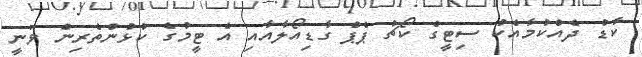
ކާޑު ދެއްކުމާއެކު ސިޓީގެ ކޯޗު ޕެޕް ގާޑިއޯލާއާއި އެ ޓީމުގެ ކުޅުންތެރިން ވަނީ